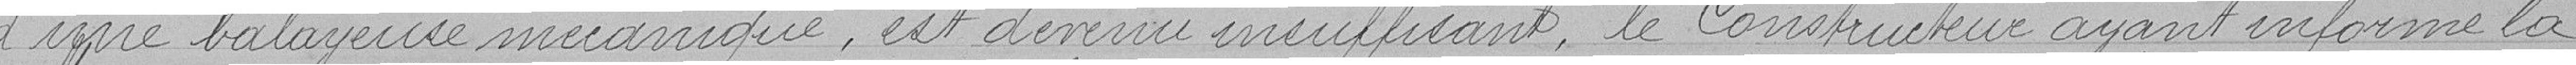
d'une balayeuse mécanique, est devenu insuffisant, le constructeur ayant informé la